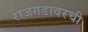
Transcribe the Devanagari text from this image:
राजगडावरची